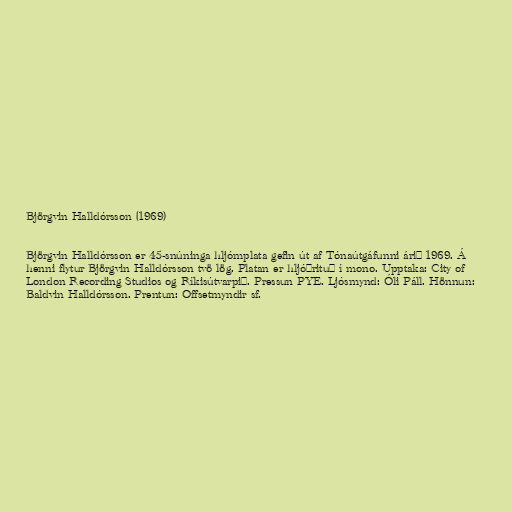
Björgvin Halldórsson (1969)

Björgvin Halldórsson er 45-snúninga hljómplata gefin út af Tónaútgáfunni árið 1969. Á
henni flytur Björgvin Halldórsson tvö lög. Platan er hljóðrituð í mono. Upptaka: City of
London Recording Studios og Ríkisútvarpið. Pressun PYE. Ljósmynd: Óli Páll. Hönnun:
Baldvin Halldórsson. Prentun: Offsetmyndir sf.